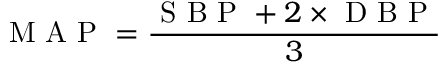
\mathrm { ~ M ~ A ~ P ~ } = \frac { \mathrm { ~ S ~ B ~ P ~ } + 2 \times \mathrm { ~ D ~ B ~ P ~ } } { 3 }